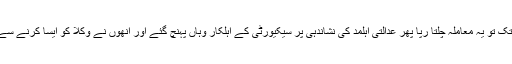
کچھ دیر تک تو یہ معاملہ چلتا رپا پھر عدالتی اہلمد کی نشاندہی پر سیکیورٹی کے اہلکار وہاں پہنچ گئے اور انھوں نے وکلا کو ایسا کرنے سے منع کیا۔